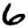
Digit: 6